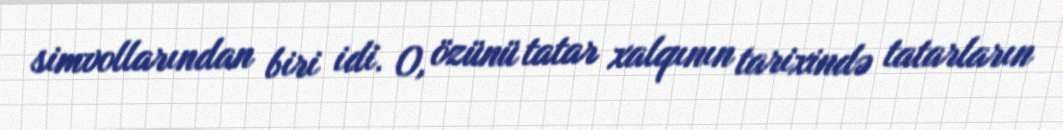
simvollarından biri idi. O, özünü tatar xalqının tarixində tatarların